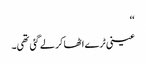
‘‘
عینی ٹرے اٹھا کر لے گئی تھی۔